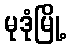
မုဒုံမြို့